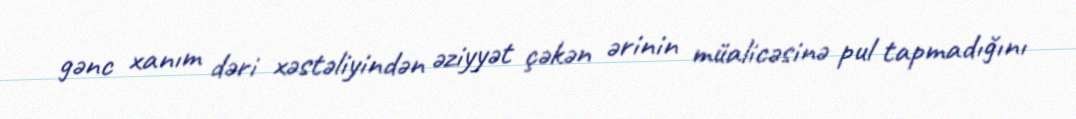
gənc xanım dəri xəstəliyindən əziyyət çəkən ərinin müalicəsinə pul tapmadığını